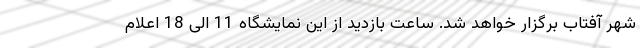
شهر آفتاب برگزار خواهد شد. ساعت بازدید از این نمایشگاه 11 الی 18 اعلام